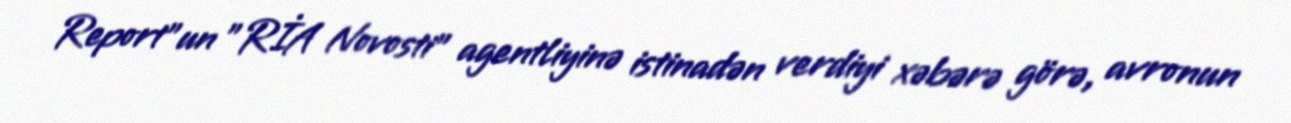
Report"un "RİA Novosti" agentliyinə istinadən verdiyi xəbərə görə, avronun